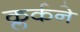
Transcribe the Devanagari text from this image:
क्लर्कने